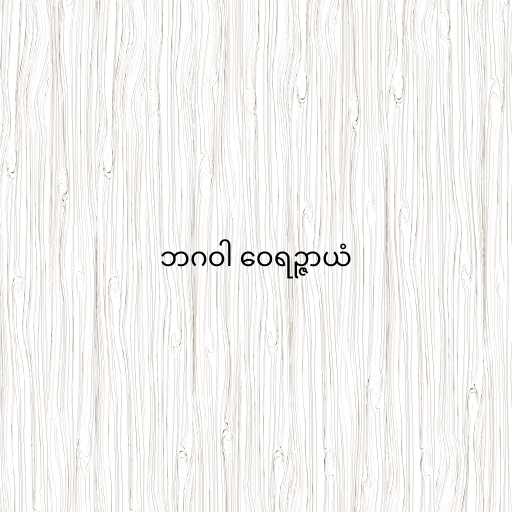
ဘဂဝါ ဝေရဉ္ဇာယံ